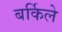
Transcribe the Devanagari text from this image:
बर्किले